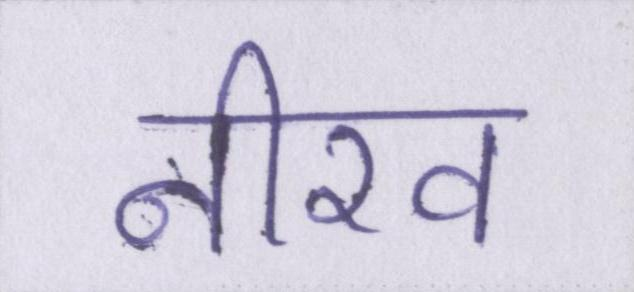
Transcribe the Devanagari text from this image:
नीरव